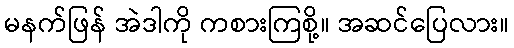
မနက်ဖြန် အဲဒါကို ကစားကြစို့။ အဆင်ပြေလား။